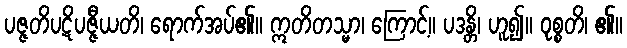
ပဇ္ဇတိပဋိပဇ္ဇီယတိ၊ ရောက်အပ်၏။ ဣတိတသ္မာ၊ ကြောင့်။ ပဒန္တိ၊ ဟူ၍။ ဝုစ္စတိ၊ ၏။